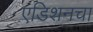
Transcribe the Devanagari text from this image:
एडिशनचा